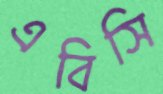
এবিসি